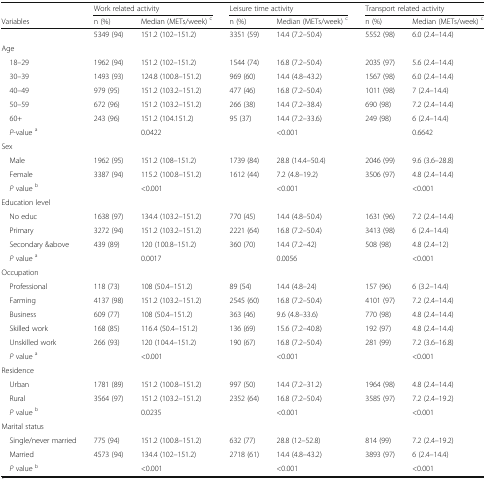
<table><thead><tr><td></td><td colspan="2"><b>Work related activity</b></td><td colspan="2"><b>Leisure time activity</b></td><td colspan="2"><b>Transport related activity</b></td></tr><tr><td><b>Variables</b></td><td><b>n (%)</b></td><td><b>Median (METs/week) <sup>c</sup></b></td><td><b>n (%)</b></td><td><b>Median (METs/week) <sup>c</sup></b></td><td><b>n (%)</b></td><td><b>Median (METs/week) <sup>c</sup></b></td></tr></thead><tbody><tr><td></td><td>5349 (94)</td><td>151.2 (102–151.2)</td><td>3351 (59)</td><td>14.4 (7.2–50.4)</td><td>5552 (98)</td><td>6.0 (2.4–14.4)</td></tr><tr><td colspan="7">Age</td></tr><tr><td> 18–29</td><td>1962 (94)</td><td>151.2 (102–151.2)</td><td>1544 (74)</td><td>16.8 (7.2–50.4)</td><td>2035 (97)</td><td>5.6 (2.4–14.4)</td></tr><tr><td> 30–39</td><td>1493 (93)</td><td>124.8 (100.8–151.2)</td><td>969 (60)</td><td>14.4 (4.8–43.2)</td><td>1567 (98)</td><td>6.0 (2.4–14.4)</td></tr><tr><td> 40–49</td><td>979 (95)</td><td>151.2 (103.2–151.2)</td><td>477 (46)</td><td>16.8 (7.2–50.4)</td><td>1011 (98)</td><td>7 (2.4–14.4)</td></tr><tr><td> 50–59</td><td>672 (96)</td><td>151.2 (103.2–151.2)</td><td>266 (38)</td><td>14.4 (7.2–38.4)</td><td>690 (98)</td><td>7.2 (2.4–14.4)</td></tr><tr><td> 60+</td><td>243 (96)</td><td>151.2 (104.151.2)</td><td>95 (37)</td><td>14.4 (7.2–33.6)</td><td>249 (98)</td><td>6 (2.4–14.4)</td></tr><tr><td> <i>P</i>-value <sup>a</sup></td><td></td><td>0.0422</td><td></td><td>&lt;0.001</td><td></td><td>0.6642</td></tr><tr><td colspan="7">Sex</td></tr><tr><td> Male</td><td>1962 (95)</td><td>151.2 (108–151.2)</td><td>1739 (84)</td><td>28.8 (14.4–50.4)</td><td>2046 (99)</td><td>9.6 (3.6–28.8)</td></tr><tr><td> Female</td><td>3387 (94)</td><td>115.2 (100.8–151.2)</td><td>1612 (44)</td><td>7.2 (4.8–19.2)</td><td>3506 (97)</td><td>4.8 (2.4–14.4)</td></tr><tr><td> <i>P</i> value <sup>b</sup></td><td></td><td>&lt;0.001</td><td></td><td>&lt;0.001</td><td></td><td>&lt;0.001</td></tr><tr><td colspan="7">Education level</td></tr><tr><td> No educ</td><td>1638 (97)</td><td>134.4 (103.2–151.2)</td><td>770 (45)</td><td>14.4 (4.8–50.4)</td><td>1631 (96)</td><td>7.2 (2.4–14.4)</td></tr><tr><td> Primary</td><td>3272 (94)</td><td>151.2 (103.2–151.2)</td><td>2221 (64)</td><td>16.8 (7.2–50.4)</td><td>3413 (98)</td><td>6 (2.4–14.4)</td></tr><tr><td> Secondary &amp;above</td><td>439 (89)</td><td>120 (100.8–151.2)</td><td>360 (70)</td><td>14.4 (7.2–42)</td><td>508 (98)</td><td>4.8 (2.4–12)</td></tr><tr><td> <i>P</i> value <sup>a</sup></td><td></td><td>0.0017</td><td></td><td>0.0056</td><td></td><td>&lt;0.001</td></tr><tr><td colspan="7">Occupation</td></tr><tr><td> Professional</td><td>118 (73)</td><td>108 (50.4–151.2)</td><td>89 (54)</td><td>14.4 (4.8–24)</td><td>157 (96)</td><td>6 (3.2–14.4)</td></tr><tr><td> Farming</td><td>4137 (98)</td><td>151.2 (103.2–151.2)</td><td>2545 (60)</td><td>16.8 (7.2–50.4)</td><td>4101 (97)</td><td>7.2 (2.4–14.4)</td></tr><tr><td> Business</td><td>609 (77)</td><td>108 (50.4–151.2)</td><td>363 (46)</td><td>9.6 (4.8–33.6)</td><td>770 (98)</td><td>4.8 (2.4–14.4)</td></tr><tr><td> Skilled work</td><td>168 (85)</td><td>116.4 (50.4–151.2)</td><td>136 (69)</td><td>15.6 (7.2–40.8)</td><td>192 (97)</td><td>4.8 (2.4–14.4)</td></tr><tr><td> Unskilled work</td><td>266 (93)</td><td>120 (104.4–151.2)</td><td>190 (67)</td><td>16.8 (7.2–50.4)</td><td>281 (99)</td><td>7.2 (3.6–16.8)</td></tr><tr><td> <i>P</i> value <sup>a</sup></td><td></td><td>&lt;0.001</td><td></td><td>&lt;0.001</td><td></td><td>&lt;0.001</td></tr><tr><td colspan="7">Residence</td></tr><tr><td> Urban</td><td>1781 (89)</td><td>151.2 (100.8–151.2)</td><td>997 (50)</td><td>14.4 (7.2–31.2)</td><td>1964 (98)</td><td>4.8 (2.4–14.4)</td></tr><tr><td> Rural</td><td>3564 (97)</td><td>151.2 (103.2–151.2)</td><td>2352 (64)</td><td>16.8 (7.2–50.4)</td><td>3585 (97)</td><td>7.2 (2.4–19.2)</td></tr><tr><td> <i>P</i> value <sup>b</sup></td><td></td><td>0.0235</td><td></td><td>&lt;0.001</td><td></td><td>&lt;0.001</td></tr><tr><td colspan="7">Marital status</td></tr><tr><td> Single/never married</td><td>775 (94)</td><td>151.2 (100.8–151.2)</td><td>632 (77)</td><td>28.8 (12–52.8)</td><td>814 (99)</td><td>7.2 (2.4–19.2)</td></tr><tr><td> Married</td><td>4573 (94)</td><td>134.4 (102–151.2)</td><td>2718 (61)</td><td>14.4 (4.8–43.2)</td><td>3893 (97)</td><td>6 (2.4–14.4)</td></tr><tr><td> <i>P</i> value <sup>b</sup></td><td></td><td>&lt;0.001</td><td></td><td>&lt;0.001</td><td></td><td>&lt;0.001</td></tr></tbody></table>